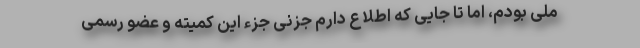
ملی بودم، اما تا جایی كه اطلاع دارم جزنی جزء این كمیته و عضو رسمی